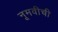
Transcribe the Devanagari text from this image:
नूमवीची